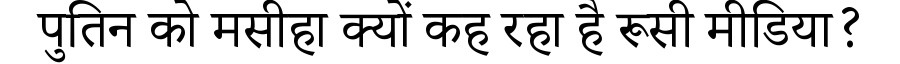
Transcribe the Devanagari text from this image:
पुतिन को मसीहा क्यों कह रहा है रूसी मीडिया?